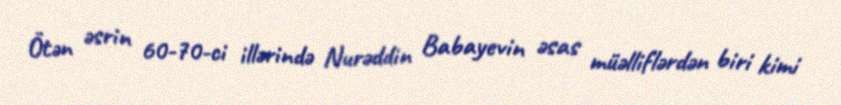
Ötən əsrin 60-70-ci illərində Nurəddin Babayevin əsas müəlliflərdən biri kimi